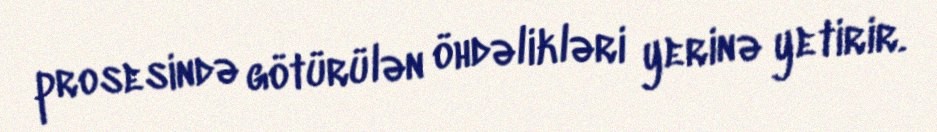
prosesində götürülən öhdəlikləri yerinə yetirir.